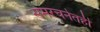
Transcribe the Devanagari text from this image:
समरचनेतही